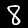
Digit: 8